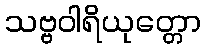
သဗ္ဗဝါရိယုတ္တော